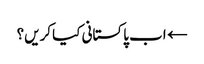
← اب پاکستانی کیا کریں؟